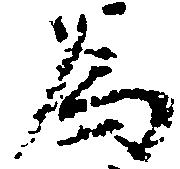
為